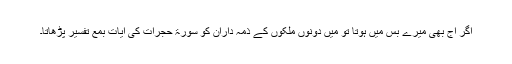
اگر آج بھی میرے بس میں ہوتا تو میں دونوں ملکوں کے ذمہ داران کو سورۃ حجرات کی آیات بمع تفسیر پڑھاتا۔